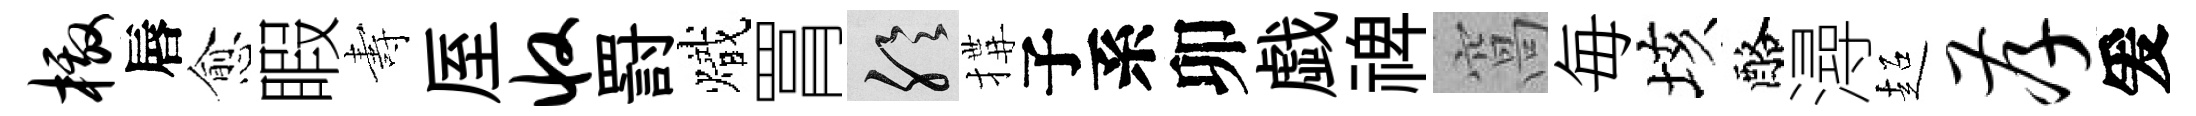
檄唇愈睱夀厔收罸熾罥聆搆子系卯戯禆窩毎垓酪潯超孝爰